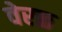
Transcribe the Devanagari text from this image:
वेरळ